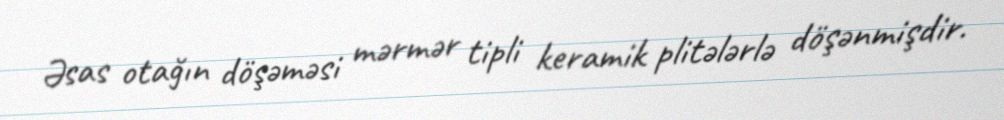
Əsas otağın döşəməsi mərmər tipli keramik plitələrlə döşənmişdir.